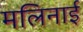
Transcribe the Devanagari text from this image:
मलिनाई